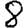
Digit: 8